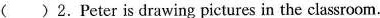
( )2.Peter is drawing pictures in the classroom.